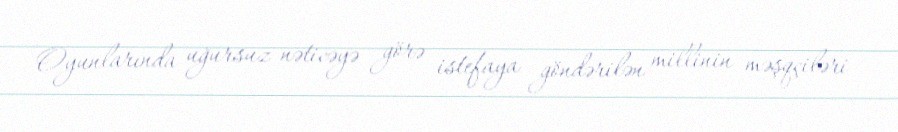
Oyunlarında uğursuz nəticəyə görə istefaya göndərilən millinin məşqçiləri